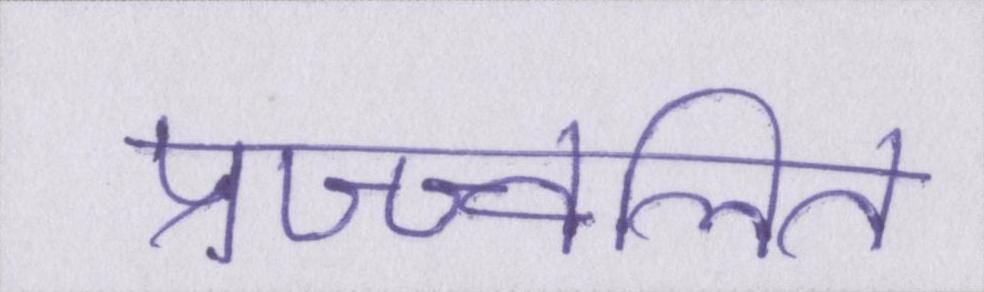
प्रज्ज्वलित